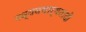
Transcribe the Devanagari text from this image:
नव्ययथार्थवादी